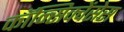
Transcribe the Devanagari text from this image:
कॉन्सिक्वेंसेस